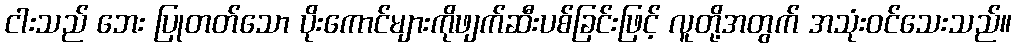
ငါးသည် ဘေး ပြုတတ်သော ပိုးကောင်များကိုဖျက်ဆီးပစ်ခြင်းဖြင့် လူတို့အတွက် အသုံးဝင်သေးသည်။